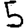
Digit: 5